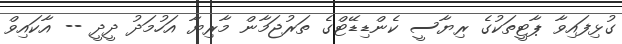
ގުޅިފައިވާ ޕާޓީތަކުގެ ރިޔާސީ ކެންޑިޑޭޓްގެ ތަރުޖަމާން މާރިޔާ އަހުމަދު ދީދީ -- އާކައިވް